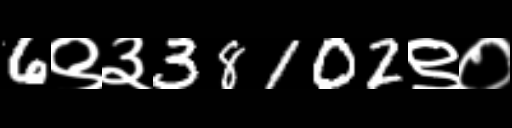
Text: 6९३38102९०